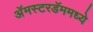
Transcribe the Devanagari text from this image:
अॅमस्टरडॅममध्ये